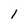
Character: 1